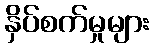
နှိပ်စက်မှုများ